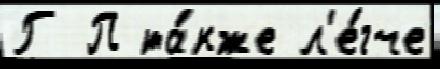
Г П та́кже л'е́гче